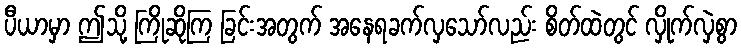
ပီယာမှာ ဤသို့ ကြိုဆိုကြ ခြင်းအတွက် အနေရခက်လှသော်လည်း စိတ်ထဲတွင် လှိုက်လှဲစွာ